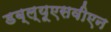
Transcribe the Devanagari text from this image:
डब्ल्यूएसवीएन